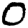
Digit: 0